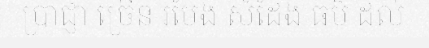
ប្រាជ្ញា ច្រើន រមែង សំដែង ធម៌ ដល់